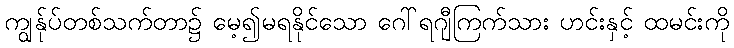
ကျွန်ုပ်တစ်သက်တာ၌ မေ့၍မရနိုင်သော ဂေါ်ရဂျီကြက်သား ဟင်းနှင့် ထမင်းကို